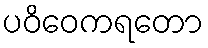
ပဝိဝေကရတော